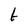
Character: t